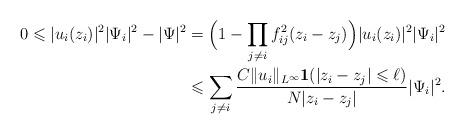
LaTeX: \begin{align*}0\leqslant |u_i(z_i)|^2|\Psi_i|^2- |\Psi|^2 &= \Big( 1- \prod_{j\ne i} f_{ij}^2(z_i-z_j) \Big) |u_i(z_i)|^2 |\Psi_i|^2 \\&\leqslant \sum_{j\ne i} \frac{C\|u_i\|_{L^\infty}\mathbf{1}(|z_i-z_j|\leqslant \ell)}{N|z_i-z_j|} |\Psi_i|^2.\end{align*}